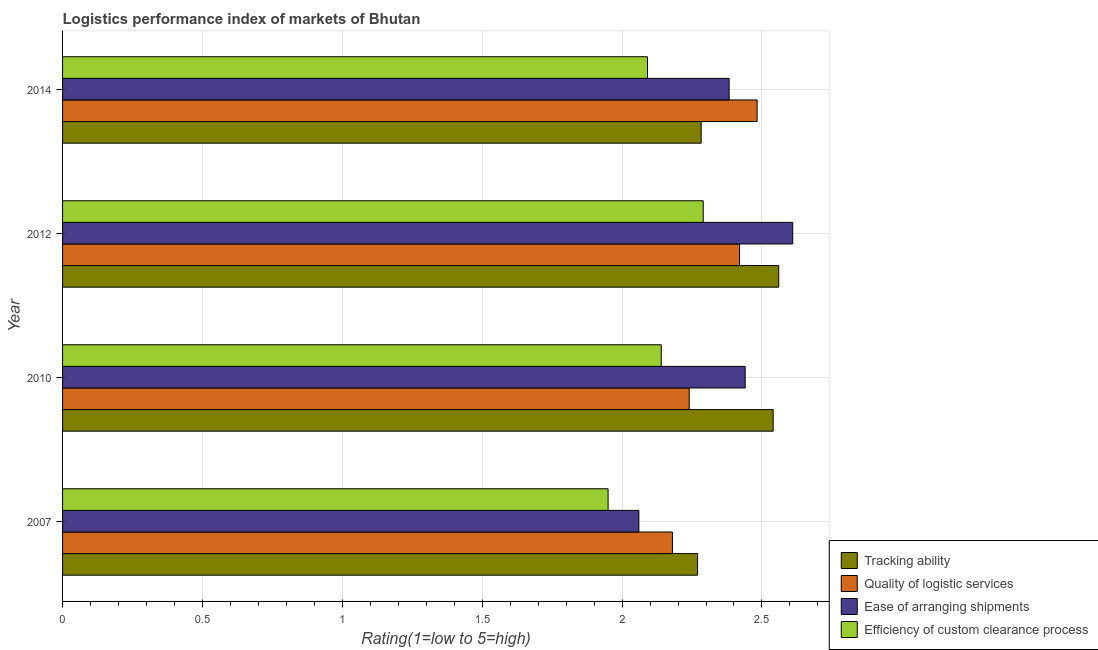
| Year | Tracking ability | Quality of logistic services | Ease of arranging shipments | Efficiency of custom clearance process |
 | --- | --- | --- | --- | --- |
 | 2007 | 2.27 | 2.18 | 2.06 | 1.95 |
 | 2010 | 2.54 | 2.24 | 2.44 | 2.14 |
 | 2012 | 2.56 | 2.42 | 2.61 | 2.29 |
 | 2014 | 2.28 | 2.48 | 2.38 | 2.09 |